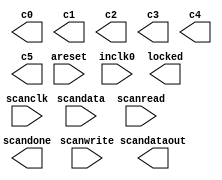
// megafunction wizard: %ALTPLL%VBB%
// GENERATION: STANDARD
// VERSION: WM1.0
// MODULE: altpll 

// ============================================================
// Megafunction Name(s):
// 			altpll
//
// Simulation Library Files(s):
// 			
// ============================================================
// ************************************************************
// THIS IS A WIZARD-GENERATED FILE. DO NOT EDIT THIS FILE!
//
// 13.0.1 Build 232 06/12/2013 SP 1 SJ Full Version
// ************************************************************

//Copyright (C) 1991-2013 Altera Corporation
//Your use of Altera Corporation's design tools, logic functions 
//and other software and tools, and its AMPP partner logic 
//functions, and any output files from any of the foregoing 
//(including device programming or simulation files), and any 
//associated documentation or information are expressly subject 
//to the terms and conditions of the Altera Program License 
//Subscription Agreement, Altera MegaCore Function License 
//Agreement, or other applicable license agreement, including, 
//without limitation, that your use is for the sole purpose of 
//programming logic devices manufactured by Altera and sold by 
//Altera or its authorized distributors.  Please refer to the 
//applicable agreement for further details.

module Ddr2SdramIf_phy_alt_mem_phy_pll (
	areset,
	inclk0,
	scanclk,
	scandata,
	scanread,
	scanwrite,
	c0,
	c1,
	c2,
	c3,
	c4,
	c5,
	locked,
	scandataout,
	scandone);

	input	  areset;
	input	  inclk0;
	input	  scanclk;
	input	  scandata;
	input	  scanread;
	input	  scanwrite;
	output	  c0;
	output	  c1;
	output	  c2;
	output	  c3;
	output	  c4;
	output	  c5;
	output	  locked;
	output	  scandataout;
	output	  scandone;
`ifndef ALTERA_RESERVED_QIS
// synopsys translate_off
`endif
	tri0	  areset;
	tri0	  scandata;
	tri0	  scanread;
	tri0	  scanwrite;
`ifndef ALTERA_RESERVED_QIS
// synopsys translate_on
`endif

endmodule

// ============================================================
// CNX file retrieval info
// ============================================================
// Retrieval info: PRIVATE: ACTIVECLK_CHECK STRING "0"
// Retrieval info: PRIVATE: BANDWIDTH STRING "1.000"
// Retrieval info: PRIVATE: BANDWIDTH_FEATURE_ENABLED STRING "1"
// Retrieval info: PRIVATE: BANDWIDTH_FREQ_UNIT STRING "MHz"
// Retrieval info: PRIVATE: BANDWIDTH_PRESET STRING "Low"
// Retrieval info: PRIVATE: BANDWIDTH_USE_AUTO STRING "1"
// Retrieval info: PRIVATE: BANDWIDTH_USE_CUSTOM STRING "0"
// Retrieval info: PRIVATE: BANDWIDTH_USE_PRESET STRING "0"
// Retrieval info: PRIVATE: CLKBAD_SWITCHOVER_CHECK STRING "0"
// Retrieval info: PRIVATE: CLKLOSS_CHECK STRING "0"
// Retrieval info: PRIVATE: CLKSWITCH_CHECK STRING "0"
// Retrieval info: PRIVATE: CNX_NO_COMPENSATE_RADIO STRING "1"
// Retrieval info: PRIVATE: CREATE_CLKBAD_CHECK STRING "0"
// Retrieval info: PRIVATE: CREATE_INCLK1_CHECK STRING "0"
// Retrieval info: PRIVATE: CUR_DEDICATED_CLK STRING "c0"
// Retrieval info: PRIVATE: CUR_FBIN_CLK STRING "c0"
// Retrieval info: PRIVATE: DEVICE_SPEED_GRADE STRING "6"
// Retrieval info: PRIVATE: DIV_FACTOR0 NUMERIC "1"
// Retrieval info: PRIVATE: DIV_FACTOR1 NUMERIC "1"
// Retrieval info: PRIVATE: DIV_FACTOR2 NUMERIC "1"
// Retrieval info: PRIVATE: DIV_FACTOR3 NUMERIC "1"
// Retrieval info: PRIVATE: DIV_FACTOR4 NUMERIC "1"
// Retrieval info: PRIVATE: DIV_FACTOR5 NUMERIC "1"
// Retrieval info: PRIVATE: DUTY_CYCLE0 STRING "50.00000000"
// Retrieval info: PRIVATE: DUTY_CYCLE1 STRING "50.00000000"
// Retrieval info: PRIVATE: DUTY_CYCLE2 STRING "50.00000000"
// Retrieval info: PRIVATE: DUTY_CYCLE3 STRING "50.00000000"
// Retrieval info: PRIVATE: DUTY_CYCLE4 STRING "50.00000000"
// Retrieval info: PRIVATE: DUTY_CYCLE5 STRING "50.00000000"
// Retrieval info: PRIVATE: EFF_OUTPUT_FREQ_VALUE0 STRING "95.000000"
// Retrieval info: PRIVATE: EFF_OUTPUT_FREQ_VALUE1 STRING "190.000000"
// Retrieval info: PRIVATE: EFF_OUTPUT_FREQ_VALUE2 STRING "190.000000"
// Retrieval info: PRIVATE: EFF_OUTPUT_FREQ_VALUE3 STRING "190.000000"
// Retrieval info: PRIVATE: EFF_OUTPUT_FREQ_VALUE4 STRING "190.000000"
// Retrieval info: PRIVATE: EFF_OUTPUT_FREQ_VALUE5 STRING "190.000000"
// Retrieval info: PRIVATE: EXPLICIT_SWITCHOVER_COUNTER STRING "0"
// Retrieval info: PRIVATE: EXT_FEEDBACK_RADIO STRING "0"
// Retrieval info: PRIVATE: GLOCKED_COUNTER_EDIT_CHANGED STRING "1"
// Retrieval info: PRIVATE: GLOCKED_FEATURE_ENABLED STRING "1"
// Retrieval info: PRIVATE: GLOCKED_MODE_CHECK STRING "1"
// Retrieval info: PRIVATE: GLOCK_COUNTER_EDIT NUMERIC "1048575"
// Retrieval info: PRIVATE: HAS_MANUAL_SWITCHOVER STRING "1"
// Retrieval info: PRIVATE: INCLK0_FREQ_EDIT STRING "40.000"
// Retrieval info: PRIVATE: INCLK0_FREQ_UNIT_COMBO STRING "MHz"
// Retrieval info: PRIVATE: INCLK1_FREQ_EDIT STRING "100.000"
// Retrieval info: PRIVATE: INCLK1_FREQ_EDIT_CHANGED STRING "1"
// Retrieval info: PRIVATE: INCLK1_FREQ_UNIT_CHANGED STRING "1"
// Retrieval info: PRIVATE: INCLK1_FREQ_UNIT_COMBO STRING "MHz"
// Retrieval info: PRIVATE: INTENDED_DEVICE_FAMILY STRING "Arria GX"
// Retrieval info: PRIVATE: INT_FEEDBACK__MODE_RADIO STRING "1"
// Retrieval info: PRIVATE: LOCKED_OUTPUT_CHECK STRING "1"
// Retrieval info: PRIVATE: LONG_SCAN_RADIO STRING "1"
// Retrieval info: PRIVATE: LVDS_MODE_DATA_RATE STRING "Not Available"
// Retrieval info: PRIVATE: LVDS_MODE_DATA_RATE_DIRTY NUMERIC "0"
// Retrieval info: PRIVATE: LVDS_PHASE_SHIFT_UNIT0 STRING "deg"
// Retrieval info: PRIVATE: LVDS_PHASE_SHIFT_UNIT1 STRING "deg"
// Retrieval info: PRIVATE: LVDS_PHASE_SHIFT_UNIT2 STRING "deg"
// Retrieval info: PRIVATE: LVDS_PHASE_SHIFT_UNIT3 STRING "deg"
// Retrieval info: PRIVATE: LVDS_PHASE_SHIFT_UNIT4 STRING "deg"
// Retrieval info: PRIVATE: LVDS_PHASE_SHIFT_UNIT5 STRING "deg"
// Retrieval info: PRIVATE: MIG_DEVICE_SPEED_GRADE STRING "Any"
// Retrieval info: PRIVATE: MULT_FACTOR0 NUMERIC "1"
// Retrieval info: PRIVATE: MULT_FACTOR1 NUMERIC "1"
// Retrieval info: PRIVATE: MULT_FACTOR2 NUMERIC "1"
// Retrieval info: PRIVATE: MULT_FACTOR3 NUMERIC "1"
// Retrieval info: PRIVATE: MULT_FACTOR4 NUMERIC "1"
// Retrieval info: PRIVATE: MULT_FACTOR5 NUMERIC "1"
// Retrieval info: PRIVATE: NORMAL_MODE_RADIO STRING "0"
// Retrieval info: PRIVATE: OUTPUT_FREQ0 STRING "95.00000000"
// Retrieval info: PRIVATE: OUTPUT_FREQ1 STRING "190.00000000"
// Retrieval info: PRIVATE: OUTPUT_FREQ2 STRING "190.00000000"
// Retrieval info: PRIVATE: OUTPUT_FREQ3 STRING "190.00000000"
// Retrieval info: PRIVATE: OUTPUT_FREQ4 STRING "190.00000000"
// Retrieval info: PRIVATE: OUTPUT_FREQ5 STRING "190.00000000"
// Retrieval info: PRIVATE: OUTPUT_FREQ_MODE0 STRING "1"
// Retrieval info: PRIVATE: OUTPUT_FREQ_MODE1 STRING "1"
// Retrieval info: PRIVATE: OUTPUT_FREQ_MODE2 STRING "1"
// Retrieval info: PRIVATE: OUTPUT_FREQ_MODE3 STRING "1"
// Retrieval info: PRIVATE: OUTPUT_FREQ_MODE4 STRING "1"
// Retrieval info: PRIVATE: OUTPUT_FREQ_MODE5 STRING "1"
// Retrieval info: PRIVATE: OUTPUT_FREQ_UNIT0 STRING "MHz"
// Retrieval info: PRIVATE: OUTPUT_FREQ_UNIT1 STRING "MHz"
// Retrieval info: PRIVATE: OUTPUT_FREQ_UNIT2 STRING "MHz"
// Retrieval info: PRIVATE: OUTPUT_FREQ_UNIT3 STRING "MHz"
// Retrieval info: PRIVATE: OUTPUT_FREQ_UNIT4 STRING "MHz"
// Retrieval info: PRIVATE: OUTPUT_FREQ_UNIT5 STRING "MHz"
// Retrieval info: PRIVATE: PHASE_RECONFIG_FEATURE_ENABLED STRING "0"
// Retrieval info: PRIVATE: PHASE_RECONFIG_INPUTS_CHECK STRING "0"
// Retrieval info: PRIVATE: PHASE_SHIFT0 STRING "0.00000000"
// Retrieval info: PRIVATE: PHASE_SHIFT1 STRING "0.00000000"
// Retrieval info: PRIVATE: PHASE_SHIFT2 STRING "-90.00000000"
// Retrieval info: PRIVATE: PHASE_SHIFT3 STRING "0.00000000"
// Retrieval info: PRIVATE: PHASE_SHIFT4 STRING "0.00000000"
// Retrieval info: PRIVATE: PHASE_SHIFT5 STRING "0.00000000"
// Retrieval info: PRIVATE: PHASE_SHIFT_STEP_ENABLED_CHECK STRING "0"
// Retrieval info: PRIVATE: PHASE_SHIFT_UNIT0 STRING "deg"
// Retrieval info: PRIVATE: PHASE_SHIFT_UNIT1 STRING "deg"
// Retrieval info: PRIVATE: PHASE_SHIFT_UNIT2 STRING "deg"
// Retrieval info: PRIVATE: PHASE_SHIFT_UNIT3 STRING "deg"
// Retrieval info: PRIVATE: PHASE_SHIFT_UNIT4 STRING "deg"
// Retrieval info: PRIVATE: PHASE_SHIFT_UNIT5 STRING "deg"
// Retrieval info: PRIVATE: PLL_ADVANCED_PARAM_CHECK STRING "1"
// Retrieval info: PRIVATE: PLL_ARESET_CHECK STRING "1"
// Retrieval info: PRIVATE: PLL_AUTOPLL_CHECK NUMERIC "0"
// Retrieval info: PRIVATE: PLL_ENA_CHECK STRING "0"
// Retrieval info: PRIVATE: PLL_ENHPLL_CHECK NUMERIC "1"
// Retrieval info: PRIVATE: PLL_FASTPLL_CHECK NUMERIC "0"
// Retrieval info: PRIVATE: PLL_FBMIMIC_CHECK STRING "0"
// Retrieval info: PRIVATE: PLL_LVDS_PLL_CHECK NUMERIC "0"
// Retrieval info: PRIVATE: PLL_PFDENA_CHECK STRING "0"
// Retrieval info: PRIVATE: PLL_TARGET_HARCOPY_CHECK NUMERIC "0"
// Retrieval info: PRIVATE: PRIMARY_CLK_COMBO STRING "inclk0"
// Retrieval info: PRIVATE: RECONFIG_FILE STRING "Ddr2SdramIf_phy_alt_mem_phy_pll.mif"
// Retrieval info: PRIVATE: SACN_INPUTS_CHECK STRING "1"
// Retrieval info: PRIVATE: SCAN_FEATURE_ENABLED STRING "1"
// Retrieval info: PRIVATE: SELF_RESET_LOCK_LOSS STRING "0"
// Retrieval info: PRIVATE: SHORT_SCAN_RADIO STRING "0"
// Retrieval info: PRIVATE: SPREAD_FEATURE_ENABLED STRING "1"
// Retrieval info: PRIVATE: SPREAD_FREQ STRING "50.000"
// Retrieval info: PRIVATE: SPREAD_FREQ_UNIT STRING "KHz"
// Retrieval info: PRIVATE: SPREAD_PERCENT STRING "0.500"
// Retrieval info: PRIVATE: SPREAD_USE STRING "0"
// Retrieval info: PRIVATE: SRC_SYNCH_COMP_RADIO STRING "0"
// Retrieval info: PRIVATE: STICKY_CLK0 STRING "1"
// Retrieval info: PRIVATE: STICKY_CLK1 STRING "1"
// Retrieval info: PRIVATE: STICKY_CLK2 STRING "1"
// Retrieval info: PRIVATE: STICKY_CLK3 STRING "1"
// Retrieval info: PRIVATE: STICKY_CLK4 STRING "1"
// Retrieval info: PRIVATE: STICKY_CLK5 STRING "1"
// Retrieval info: PRIVATE: SWITCHOVER_COUNT_EDIT NUMERIC "1"
// Retrieval info: PRIVATE: SWITCHOVER_FEATURE_ENABLED STRING "1"
// Retrieval info: PRIVATE: SYNTH_WRAPPER_GEN_POSTFIX STRING "0"
// Retrieval info: PRIVATE: USE_CLK0 STRING "1"
// Retrieval info: PRIVATE: USE_CLK1 STRING "1"
// Retrieval info: PRIVATE: USE_CLK2 STRING "1"
// Retrieval info: PRIVATE: USE_CLK3 STRING "1"
// Retrieval info: PRIVATE: USE_CLK4 STRING "1"
// Retrieval info: PRIVATE: USE_CLK5 STRING "1"
// Retrieval info: PRIVATE: USE_MIL_SPEED_GRADE NUMERIC "0"
// Retrieval info: PRIVATE: ZERO_DELAY_RADIO STRING "0"
// Retrieval info: LIBRARY: altera_mf altera_mf.altera_mf_components.all
// Retrieval info: CONSTANT: CHARGE_PUMP_CURRENT NUMERIC "148"
// Retrieval info: CONSTANT: GATE_LOCK_COUNTER NUMERIC "1048575"
// Retrieval info: CONSTANT: GATE_LOCK_SIGNAL STRING "YES"
// Retrieval info: CONSTANT: INCLK0_INPUT_FREQUENCY NUMERIC "25000"
// Retrieval info: CONSTANT: INTENDED_DEVICE_FAMILY STRING "Arria GX"
// Retrieval info: CONSTANT: INVALID_LOCK_MULTIPLIER NUMERIC "5"
// Retrieval info: CONSTANT: LOOP_FILTER_C NUMERIC "16"
// Retrieval info: CONSTANT: LOOP_FILTER_R STRING " 1.000000"
// Retrieval info: CONSTANT: LPM_TYPE STRING "altpll"
// Retrieval info: CONSTANT: M NUMERIC "19"
// Retrieval info: CONSTANT: M_INITIAL NUMERIC "2"
// Retrieval info: CONSTANT: M_PH NUMERIC "0"
// Retrieval info: CONSTANT: N NUMERIC "1"
// Retrieval info: CONSTANT: OPERATION_MODE STRING "NO_COMPENSATION"
// Retrieval info: CONSTANT: PLL_TYPE STRING "Enhanced"
// Retrieval info: CONSTANT: PORT_ACTIVECLOCK STRING "PORT_UNUSED"
// Retrieval info: CONSTANT: PORT_ARESET STRING "PORT_USED"
// Retrieval info: CONSTANT: PORT_CLKBAD0 STRING "PORT_UNUSED"
// Retrieval info: CONSTANT: PORT_CLKBAD1 STRING "PORT_UNUSED"
// Retrieval info: CONSTANT: PORT_CLKLOSS STRING "PORT_UNUSED"
// Retrieval info: CONSTANT: PORT_CLKSWITCH STRING "PORT_UNUSED"
// Retrieval info: CONSTANT: PORT_CONFIGUPDATE STRING "PORT_UNUSED"
// Retrieval info: CONSTANT: PORT_FBIN STRING "PORT_UNUSED"
// Retrieval info: CONSTANT: PORT_INCLK0 STRING "PORT_USED"
// Retrieval info: CONSTANT: PORT_INCLK1 STRING "PORT_UNUSED"
// Retrieval info: CONSTANT: PORT_LOCKED STRING "PORT_USED"
// Retrieval info: CONSTANT: PORT_PFDENA STRING "PORT_UNUSED"
// Retrieval info: CONSTANT: PORT_PHASECOUNTERSELECT STRING "PORT_UNUSED"
// Retrieval info: CONSTANT: PORT_PHASEDONE STRING "PORT_UNUSED"
// Retrieval info: CONSTANT: PORT_PHASESTEP STRING "PORT_UNUSED"
// Retrieval info: CONSTANT: PORT_PHASEUPDOWN STRING "PORT_UNUSED"
// Retrieval info: CONSTANT: PORT_PLLENA STRING "PORT_UNUSED"
// Retrieval info: CONSTANT: PORT_SCANACLR STRING "PORT_UNUSED"
// Retrieval info: CONSTANT: PORT_SCANCLK STRING "PORT_USED"
// Retrieval info: CONSTANT: PORT_SCANCLKENA STRING "PORT_UNUSED"
// Retrieval info: CONSTANT: PORT_SCANDATA STRING "PORT_USED"
// Retrieval info: CONSTANT: PORT_SCANDATAOUT STRING "PORT_USED"
// Retrieval info: CONSTANT: PORT_SCANDONE STRING "PORT_USED"
// Retrieval info: CONSTANT: PORT_SCANREAD STRING "PORT_USED"
// Retrieval info: CONSTANT: PORT_SCANWRITE STRING "PORT_USED"
// Retrieval info: CONSTANT: PORT_clk0 STRING "PORT_USED"
// Retrieval info: CONSTANT: PORT_clk1 STRING "PORT_USED"
// Retrieval info: CONSTANT: PORT_clk2 STRING "PORT_USED"
// Retrieval info: CONSTANT: PORT_clk3 STRING "PORT_USED"
// Retrieval info: CONSTANT: PORT_clk4 STRING "PORT_USED"
// Retrieval info: CONSTANT: PORT_clk5 STRING "PORT_USED"
// Retrieval info: CONSTANT: PORT_clkena0 STRING "PORT_UNUSED"
// Retrieval info: CONSTANT: PORT_clkena1 STRING "PORT_UNUSED"
// Retrieval info: CONSTANT: PORT_clkena2 STRING "PORT_UNUSED"
// Retrieval info: CONSTANT: PORT_clkena3 STRING "PORT_UNUSED"
// Retrieval info: CONSTANT: PORT_clkena4 STRING "PORT_UNUSED"
// Retrieval info: CONSTANT: PORT_clkena5 STRING "PORT_UNUSED"
// Retrieval info: CONSTANT: PORT_enable0 STRING "PORT_UNUSED"
// Retrieval info: CONSTANT: PORT_enable1 STRING "PORT_UNUSED"
// Retrieval info: CONSTANT: PORT_extclk0 STRING "PORT_UNUSED"
// Retrieval info: CONSTANT: PORT_extclk1 STRING "PORT_UNUSED"
// Retrieval info: CONSTANT: PORT_extclk2 STRING "PORT_UNUSED"
// Retrieval info: CONSTANT: PORT_extclk3 STRING "PORT_UNUSED"
// Retrieval info: CONSTANT: PORT_sclkout0 STRING "PORT_UNUSED"
// Retrieval info: CONSTANT: PORT_sclkout1 STRING "PORT_UNUSED"
// Retrieval info: CONSTANT: VALID_LOCK_MULTIPLIER NUMERIC "1"
// Retrieval info: CONSTANT: VCO_POST_SCALE NUMERIC "1"
// Retrieval info: CONSTANT: c0_high NUMERIC "4"
// Retrieval info: CONSTANT: c0_initial NUMERIC "2"
// Retrieval info: CONSTANT: c0_low NUMERIC "4"
// Retrieval info: CONSTANT: c0_mode STRING "even"
// Retrieval info: CONSTANT: c0_ph NUMERIC "0"
// Retrieval info: CONSTANT: c1_high NUMERIC "2"
// Retrieval info: CONSTANT: c1_initial NUMERIC "2"
// Retrieval info: CONSTANT: c1_low NUMERIC "2"
// Retrieval info: CONSTANT: c1_mode STRING "even"
// Retrieval info: CONSTANT: c1_ph NUMERIC "0"
// Retrieval info: CONSTANT: c2_high NUMERIC "2"
// Retrieval info: CONSTANT: c2_initial NUMERIC "1"
// Retrieval info: CONSTANT: c2_low NUMERIC "2"
// Retrieval info: CONSTANT: c2_mode STRING "even"
// Retrieval info: CONSTANT: c2_ph NUMERIC "0"
// Retrieval info: CONSTANT: c3_high NUMERIC "2"
// Retrieval info: CONSTANT: c3_initial NUMERIC "2"
// Retrieval info: CONSTANT: c3_low NUMERIC "2"
// Retrieval info: CONSTANT: c3_mode STRING "even"
// Retrieval info: CONSTANT: c3_ph NUMERIC "0"
// Retrieval info: CONSTANT: c4_high NUMERIC "2"
// Retrieval info: CONSTANT: c4_initial NUMERIC "2"
// Retrieval info: CONSTANT: c4_low NUMERIC "2"
// Retrieval info: CONSTANT: c4_mode STRING "even"
// Retrieval info: CONSTANT: c4_ph NUMERIC "0"
// Retrieval info: CONSTANT: c5_high NUMERIC "2"
// Retrieval info: CONSTANT: c5_initial NUMERIC "2"
// Retrieval info: CONSTANT: c5_low NUMERIC "2"
// Retrieval info: CONSTANT: c5_mode STRING "even"
// Retrieval info: CONSTANT: c5_ph NUMERIC "0"
// Retrieval info: CONSTANT: clk0_counter STRING "c0"
// Retrieval info: CONSTANT: clk1_counter STRING "c1"
// Retrieval info: CONSTANT: clk2_counter STRING "c2"
// Retrieval info: CONSTANT: clk3_counter STRING "c3"
// Retrieval info: CONSTANT: clk4_counter STRING "c4"
// Retrieval info: CONSTANT: clk5_counter STRING "c5"
// Retrieval info: CONSTANT: scan_chain_mif_file STRING "Ddr2SdramIf_phy_alt_mem_phy_pll.mif"
// Retrieval info: USED_PORT: @clk 0 0 6 0 OUTPUT_CLK_EXT VCC "@clk[5..0]"
// Retrieval info: USED_PORT: @extclk 0 0 4 0 OUTPUT_CLK_EXT VCC "@extclk[3..0]"
// Retrieval info: USED_PORT: areset 0 0 0 0 INPUT GND "areset"
// Retrieval info: USED_PORT: c0 0 0 0 0 OUTPUT_CLK_EXT VCC "c0"
// Retrieval info: USED_PORT: c1 0 0 0 0 OUTPUT_CLK_EXT VCC "c1"
// Retrieval info: USED_PORT: c2 0 0 0 0 OUTPUT_CLK_EXT VCC "c2"
// Retrieval info: USED_PORT: c3 0 0 0 0 OUTPUT_CLK_EXT VCC "c3"
// Retrieval info: USED_PORT: c4 0 0 0 0 OUTPUT_CLK_EXT VCC "c4"
// Retrieval info: USED_PORT: c5 0 0 0 0 OUTPUT_CLK_EXT VCC "c5"
// Retrieval info: USED_PORT: inclk0 0 0 0 0 INPUT_CLK_EXT GND "inclk0"
// Retrieval info: USED_PORT: locked 0 0 0 0 OUTPUT GND "locked"
// Retrieval info: USED_PORT: scanclk 0 0 0 0 INPUT_CLK_EXT VCC "scanclk"
// Retrieval info: USED_PORT: scandata 0 0 0 0 INPUT GND "scandata"
// Retrieval info: USED_PORT: scandataout 0 0 0 0 OUTPUT VCC "scandataout"
// Retrieval info: USED_PORT: scandone 0 0 0 0 OUTPUT VCC "scandone"
// Retrieval info: USED_PORT: scanread 0 0 0 0 INPUT GND "scanread"
// Retrieval info: USED_PORT: scanwrite 0 0 0 0 INPUT GND "scanwrite"
// Retrieval info: CONNECT: @areset 0 0 0 0 areset 0 0 0 0
// Retrieval info: CONNECT: @inclk 0 0 1 1 GND 0 0 0 0
// Retrieval info: CONNECT: @inclk 0 0 1 0 inclk0 0 0 0 0
// Retrieval info: CONNECT: @scanclk 0 0 0 0 scanclk 0 0 0 0
// Retrieval info: CONNECT: @scandata 0 0 0 0 scandata 0 0 0 0
// Retrieval info: CONNECT: @scanread 0 0 0 0 scanread 0 0 0 0
// Retrieval info: CONNECT: @scanwrite 0 0 0 0 scanwrite 0 0 0 0
// Retrieval info: CONNECT: c0 0 0 0 0 @clk 0 0 1 0
// Retrieval info: CONNECT: c1 0 0 0 0 @clk 0 0 1 1
// Retrieval info: CONNECT: c2 0 0 0 0 @clk 0 0 1 2
// Retrieval info: CONNECT: c3 0 0 0 0 @clk 0 0 1 3
// Retrieval info: CONNECT: c4 0 0 0 0 @clk 0 0 1 4
// Retrieval info: CONNECT: c5 0 0 0 0 @clk 0 0 1 5
// Retrieval info: CONNECT: locked 0 0 0 0 @locked 0 0 0 0
// Retrieval info: CONNECT: scandataout 0 0 0 0 @scandataout 0 0 0 0
// Retrieval info: CONNECT: scandone 0 0 0 0 @scandone 0 0 0 0
// Retrieval info: GEN_FILE: TYPE_NORMAL alt_mem_phy_pll_sii.v TRUE
// Retrieval info: GEN_FILE: TYPE_NORMAL alt_mem_phy_pll_sii.ppf TRUE
// Retrieval info: GEN_FILE: TYPE_NORMAL alt_mem_phy_pll_sii.inc FALSE
// Retrieval info: GEN_FILE: TYPE_NORMAL alt_mem_phy_pll_sii.cmp FALSE
// Retrieval info: GEN_FILE: TYPE_NORMAL alt_mem_phy_pll_sii.bsf FALSE
// Retrieval info: GEN_FILE: TYPE_NORMAL alt_mem_phy_pll_sii_inst.v FALSE
// Retrieval info: GEN_FILE: TYPE_NORMAL alt_mem_phy_pll_sii_bb.v FALSE
// Retrieval info: GEN_FILE: TYPE_NORMAL alt_mem_phy_pll_sii_waveforms.html FALSE
// Retrieval info: GEN_FILE: TYPE_NORMAL alt_mem_phy_pll_sii_wave*.jpg FALSE
// Retrieval info: GEN_FILE: TYPE_NORMAL Ddr2SdramIf_phy_alt_mem_phy_pll.v TRUE
// Retrieval info: GEN_FILE: TYPE_NORMAL Ddr2SdramIf_phy_alt_mem_phy_pll.inc FALSE
// Retrieval info: GEN_FILE: TYPE_NORMAL Ddr2SdramIf_phy_alt_mem_phy_pll.cmp FALSE
// Retrieval info: GEN_FILE: TYPE_NORMAL Ddr2SdramIf_phy_alt_mem_phy_pll.bsf FALSE
// Retrieval info: GEN_FILE: TYPE_NORMAL Ddr2SdramIf_phy_alt_mem_phy_pll_inst.v FALSE
// Retrieval info: GEN_FILE: TYPE_NORMAL Ddr2SdramIf_phy_alt_mem_phy_pll_bb.v TRUE
// Retrieval info: GEN_FILE: TYPE_NORMAL Ddr2SdramIf_phy_alt_mem_phy_pll.mif TRUE